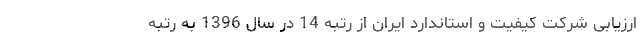
ارزیابی شرکت کیفیت و استاندارد ایران از رتبه 14 در سال 1396 به رتبه